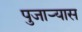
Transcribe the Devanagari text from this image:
पुजार्‍यास